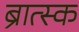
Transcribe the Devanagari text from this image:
ब्रात्स्क